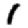
Digit: 1